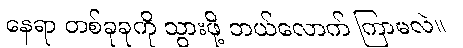
နေရာ တစ်ခုခုကို သွားဖို့ ဘယ်လောက် ကြာမလဲ။